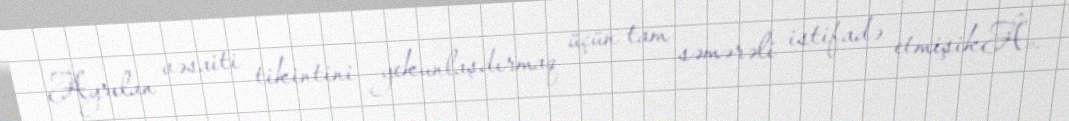
Ayrılan vəsaiti tikintini yekunlaşdırmaq üçün tam səmərəli istifadə etmişikÂ».